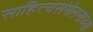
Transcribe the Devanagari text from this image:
साहित्यसंमेलनाच्या